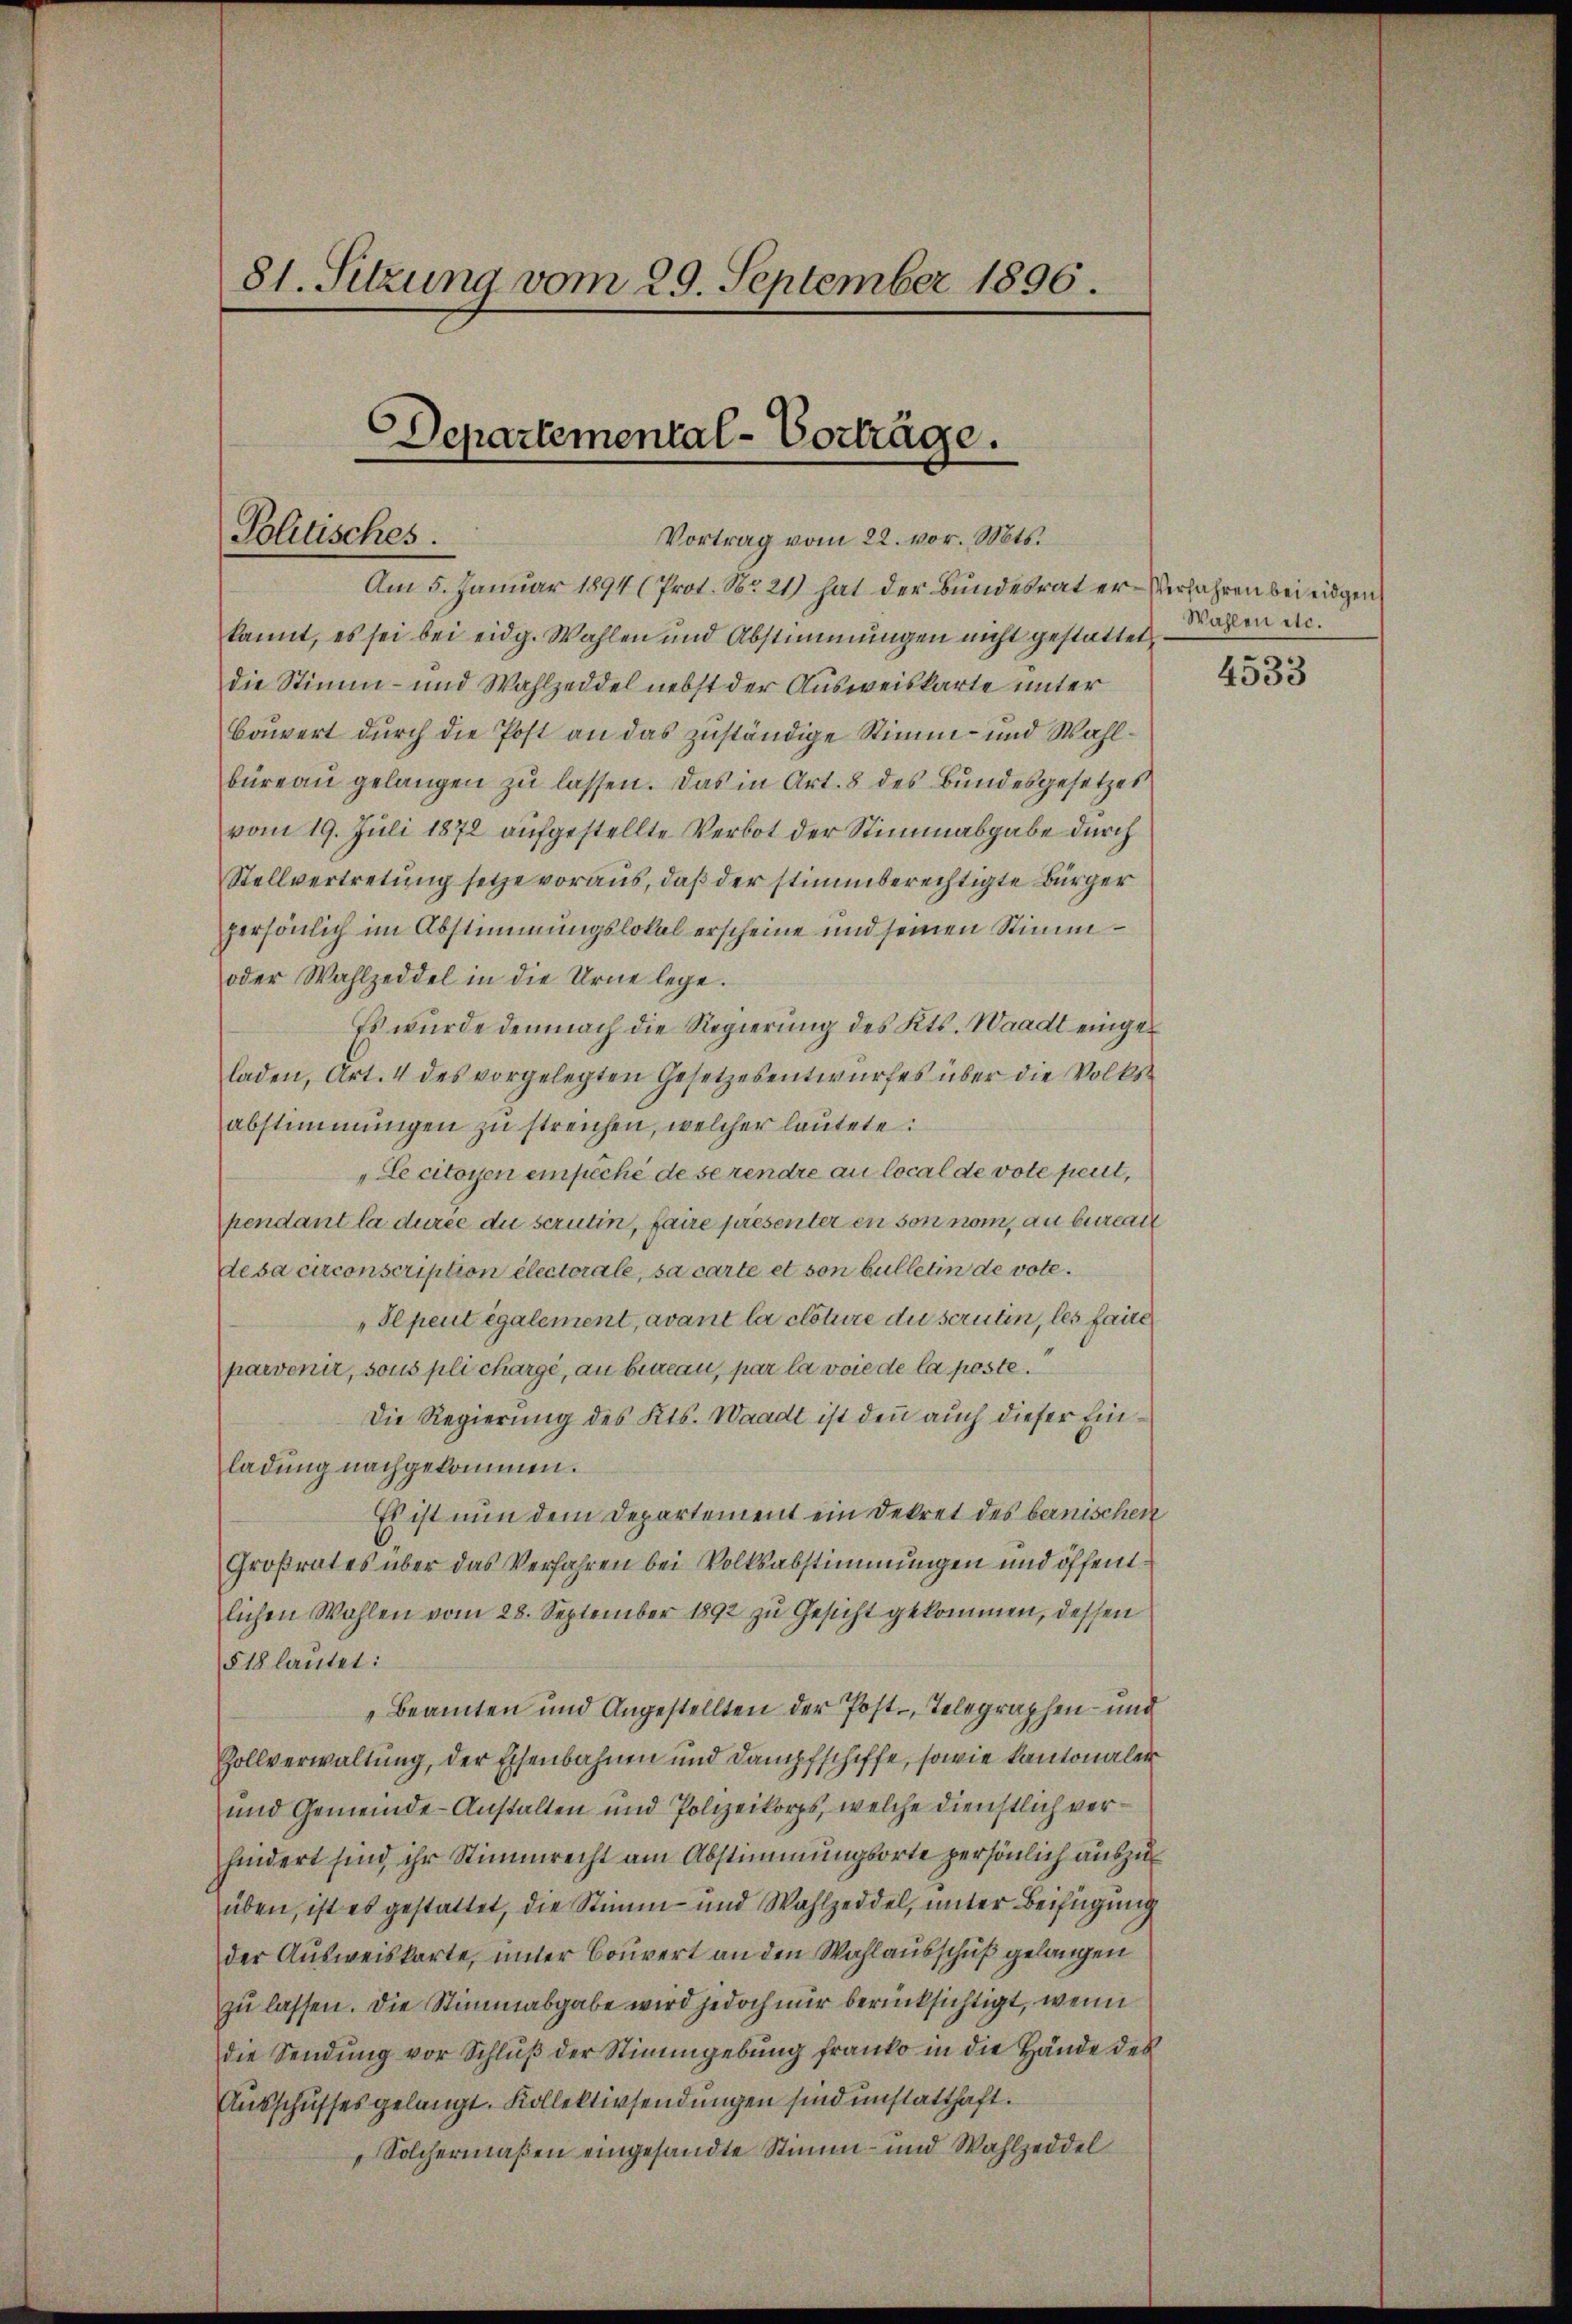
81. Sitzung vom 29. September 1896.

Am 5. Januar 1894 (Prot. No 21) hat der Bundesrat er-Verfahren bei eidgen
kannt, es sei bei eidg. Wahlen und Abstimmungen nicht gestattet,
die Stimm- und Wahlzeddel nebst der Ausweiskarte unter
Bauert durch die Post an das zuständige Stimm- und Wahlbüreau gelangen zu lassen. Das in Art. 8 des Bundesgesetzes
vom 19. Juli 1872 aufgestellte Verbot der Stimmabgabe durch
Stellvertretung setze voraus, daß der stimmberechtigte Bürger
persönlich im Abstimmungslokal erscheine und seinen Stimm¬
oder Wahlzeddel in die Urne lege.
Es wurde demnach die Regierung des Kts. Waadt eingeladen, Art. 4 des vorgelegten Gesetzesentwurfes über die Volksabstimmungen zu streichen, welcher lautete:
Lecitoyen empêché de se rendre au local de vote peut,
pendant la durée du scrutin, faire présenter en son nom, au bureat
desa circonscription électorale, sa carte et son bulletin de vote.
„Il peut également, avant la clôture du scrutin, les faite
parvenit, sous pli charge, an bureau, par la voie de la poste.
Die Regierung des Kts. Waadt ist den auch dieser Einladung nachgekommen.
Es ist nun dem Departement ein Dekret des bernischen
Großrates über das Verfahren bei Volksabstimmungen und öffentlichen Wahlen vom 28. September 1892 zu Gesicht gekommen, dessen
§ 18 lautet:
Beamten und Angestellten der Post-Telegraphen- und
Zollverwaltung, der Eisenbahnen und Dampfschiffe, sowie kantonaler
und Gemeinde-Anstalten und Polizeikorps, welche dienstlich verhindert sind ihr Stimmrecht am Abstimmungsorte persönlich auszuüben, ist es gestattet, die Stimm- und Wahlzeddel, unter Beifügung
der Ausweiskarte, unter Couvert an den Wahlausschuß gelangen
zu lassen. Die Stimmabgabe wird jedoch nur berücksichtigt, wenn
die Sendung vor Schlŭβ der Stimmgebung franko in die Hände des
Ausschusses gelangt. Kollektivsendungen sind unstatthaft.
Solchermaßen eingesandte Stimm- und Wahlzeddel

.
Departemental-Vorträge.
Politisches.
Vortrag vom 22. vor. Mts.

Wahlen etc.

4533